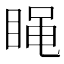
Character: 𰥭